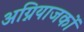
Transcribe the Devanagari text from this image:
अग्नियाजकों